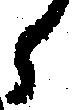
ら